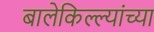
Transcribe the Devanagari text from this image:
बालेकिल्ल्यांच्या